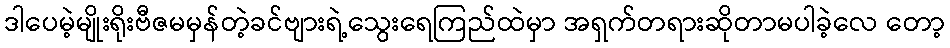
ဒါပေမဲ့မျိုးရိုးဗီဇမမှန်တဲ့ခင်ဗျားရဲ့သွေးရေကြည်ထဲမှာ အရှက်တရားဆိုတာမပါခဲ့လေ တော့